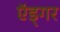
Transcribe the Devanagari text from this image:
ऍड्गर